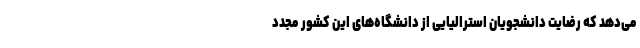
می‌دهد که رضایت دانشجویان استرالیایی از دانشگاه‌های این کشور مجدد